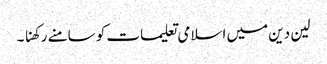
لین دین میں اسلامی تعلیمات کو سامنے رکھنا ۔